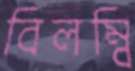
বিলম্বি